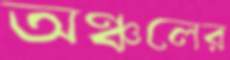
অঞ্চলের